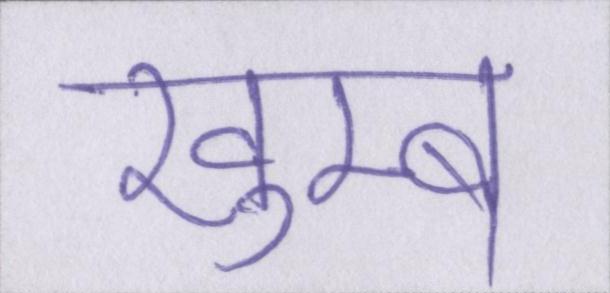
खुम्ब